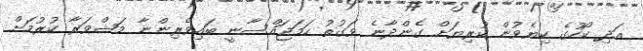
އަދި ކޯހުގެ ކިޔެވުން ކުރިޔަށް ގެންދާނެ ވަގުތު ހަމަޖައްސާނީ ބައިވެރިންނާ މަޝްވަރާ ކުރުމަށް